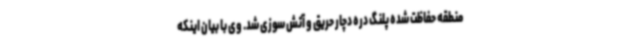
منطقه حفاظت شده پلنگ دره دچار حریق و آتش سوزی شد. وی با بیان اینکه